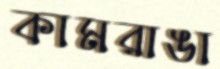
কামরাঙা